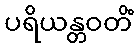
ပရိယန္တဝတိံ